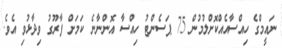
ނައީމްގެ ހިއްސާއެއްކޮށްލުމުން 75 ޕަސެންޓު ހިއްސާ އޮންނާނެ ކަމަށް ފާރޫގު ވިދާޅުވި އެވެ.